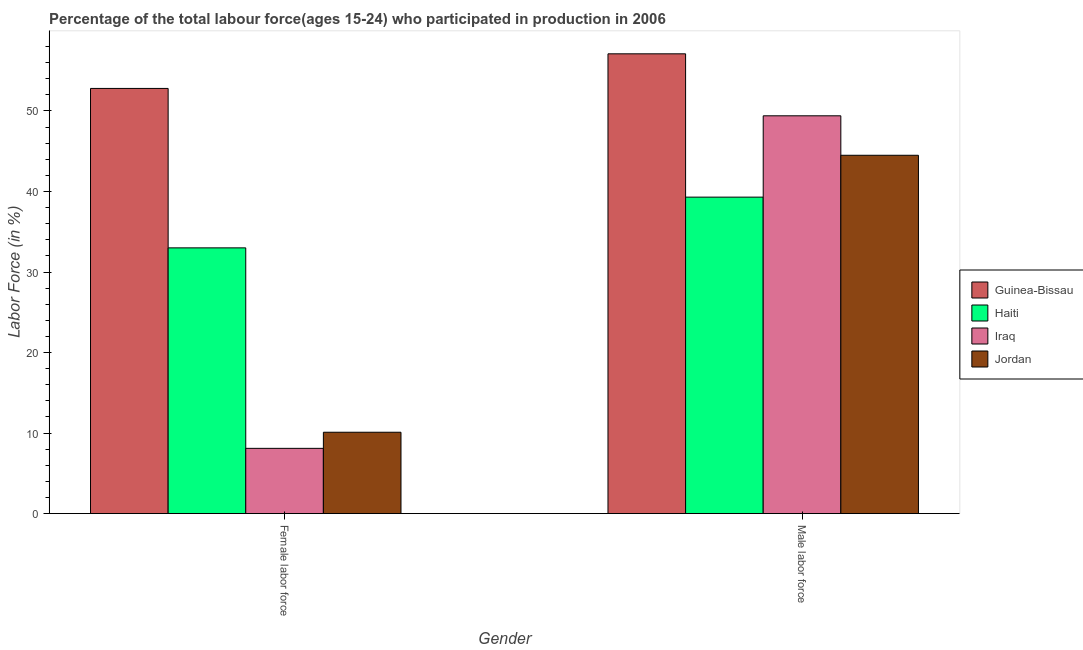
| Gender | Guinea-Bissau | Haiti | Iraq | Jordan |
 | --- | --- | --- | --- | --- |
 | Female labor force | 52.8 | 33 | 8.1 | 10.1 |
 | Male labor force | 57.1 | 39.3 | 49.4 | 44.5 |